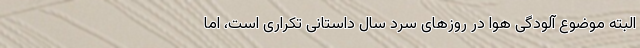
البته موضوع آلودگی هوا در روز‌های سرد سال داستانی تکراری است، اما